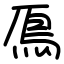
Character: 鳫